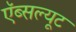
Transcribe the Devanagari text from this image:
ऍब्सल्यूट